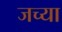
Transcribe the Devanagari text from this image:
जच्या